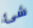
شئ